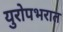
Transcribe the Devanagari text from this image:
युरोपभरात